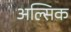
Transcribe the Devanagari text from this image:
अल्सिक